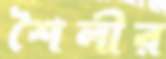
শৈলীর